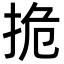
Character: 㧪